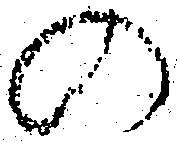
の